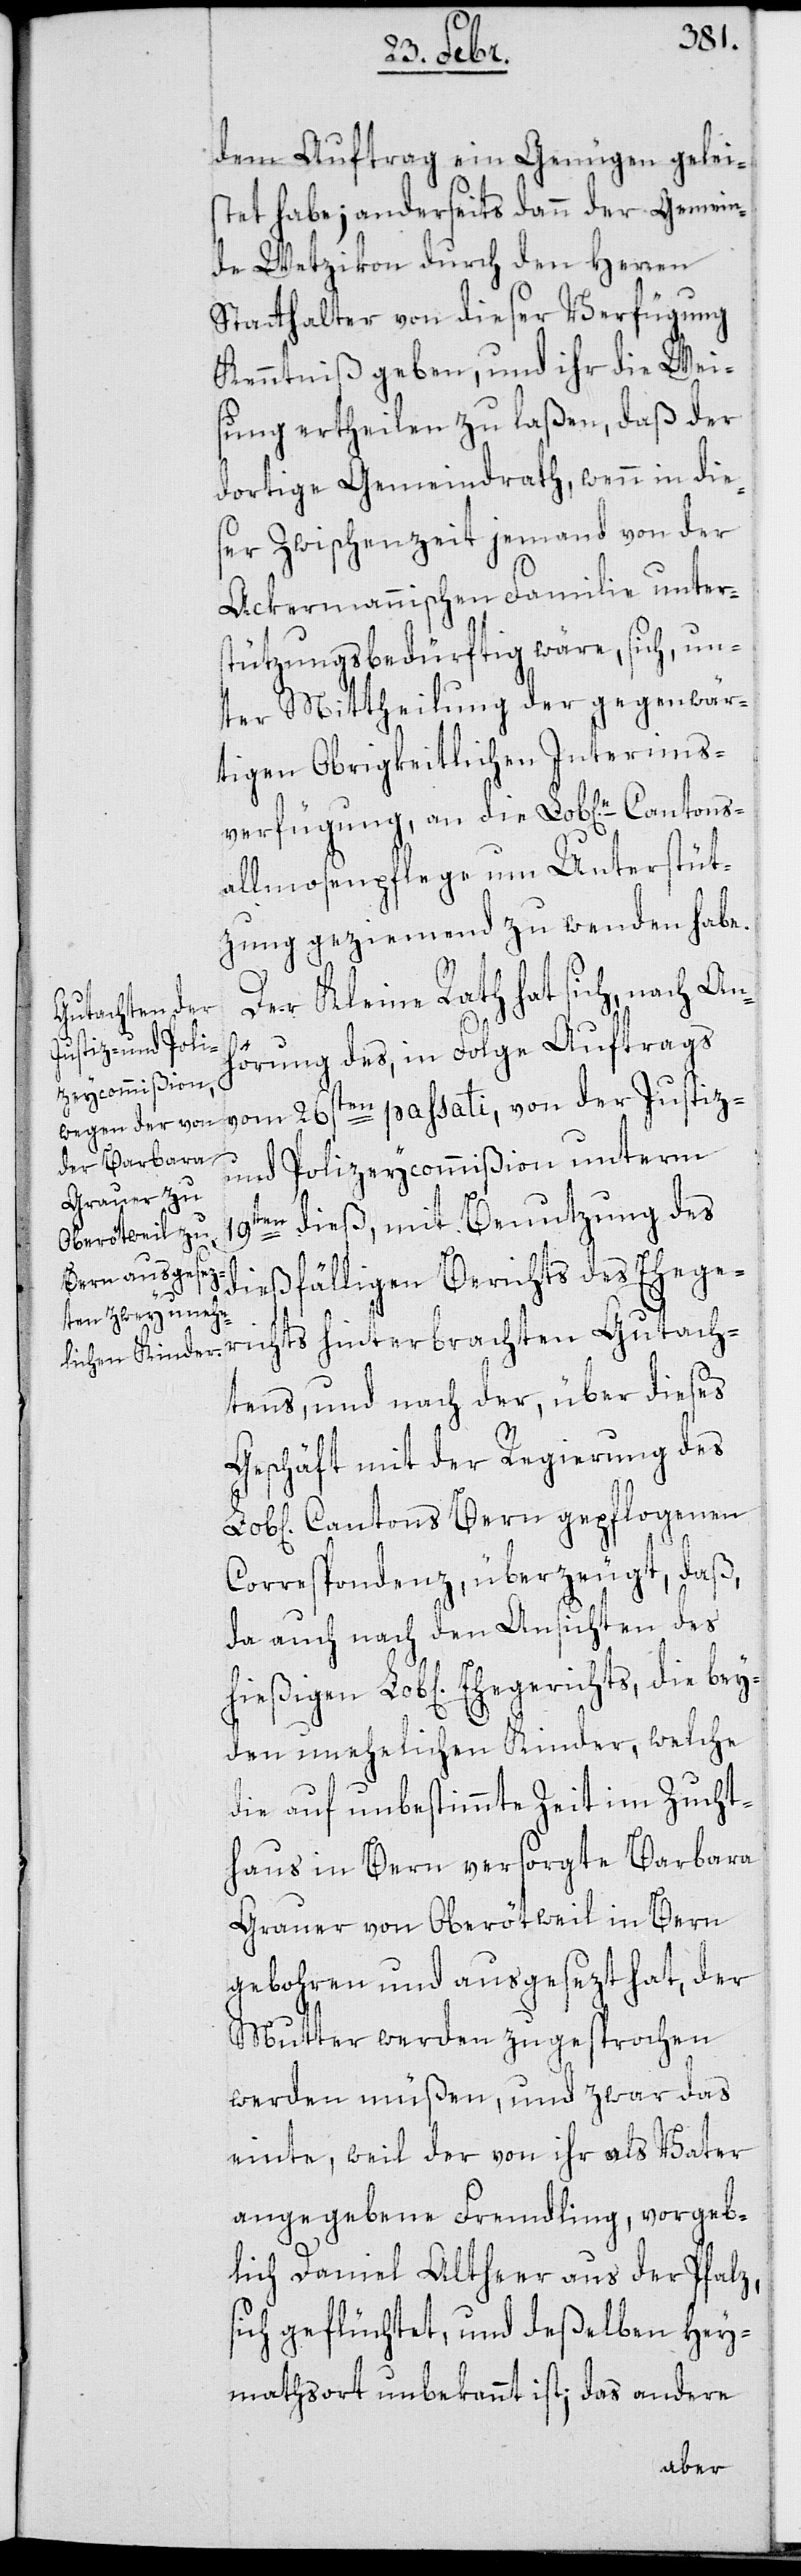
bey¬
dem Auftrag ein Genügen gelei¬
stet habe; anderseits dann der Gemein¬
de Wetzikon durch den Herren
Statthalter von dieser Verfügung
Kenntniß geben, und ihr die Wei¬
sung ertheilen zu laßen, daß der
dortige Gemeindrath, wenn in die¬
ser Zwischenzeit jemand von der
Ackermannischen Familie unter¬
stützungsbedürftig wäre, sich, un¬
ter Mittheilung der gegenwär¬
tigen Obrigkeitlichen Interims¬
verfügung, an die Lob[liche] Cantons¬
allmosenpflege um Unterstüt¬
zung geziemend zu wenden habe.
Der Kleine Rath hat sich, nach An¬
hörung des, in Folge Auftrags
vom 26sten passati, von der Justiz-
und Polizeycommißion unterm
19ten dieß, mit Benutzung des
dießfälligen Berichts des Ehege¬
tens, und nach der, über dieses
Geschäft mit der Regierung des
Cantons Bern gepflogenen
Correspondenz, überzeugt, daß,
da auch nach den Ansichten des
den unehelichen Kinder, welche
die auf unbestimmte Zeit im Zucht¬
haus in Bern versorgte Barbara
Grauer von Oberötweil in Bern
gebohren und ausgesezt hat, der
Mutter werden zugesprochen
werden müßen, und zwar das
einte, weil der von ihr als Vater
angegebene Fremdling, vorgeb¬
lich Daniel Altherr aus der Pfalz,
sich geflüchtet und deßelben Hey¬
mathsort unbekannt ist; das andere